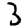
Digit: 3